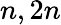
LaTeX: n,2n